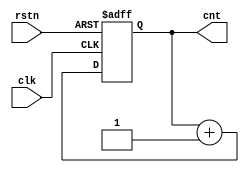
module counter(
input clk, rstn,
output [3:0] cnt
);
reg [3:0] cnt_i;
always @(posedge clk or negedge rstn)
begin
 if(~rstn)
  cnt_i <= 4'h0;
 else
  cnt_i <= cnt_i + 4'h1;
end

assign cnt = cnt_i;

endmodule